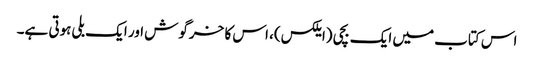
اس کتاب میں ایک بچی (ایلکس)، اس کا خرگوش اور ایک بلی ہوتی ہے۔